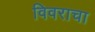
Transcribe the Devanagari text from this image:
विवराचा